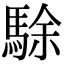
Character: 駼